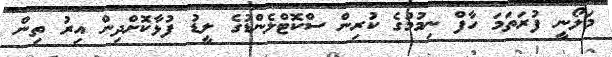
މަލޯނީ ފުރަތަމަ ހާފް ނިމުމުގެ ކުރިން ސްކޮޓްލެންޑުގެ ލީޑު ފުޅާކޮށްދިން އިރު ތިން